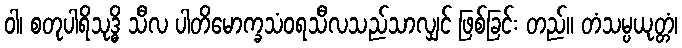
ဝါ၊ စတုပါရိသုဒ္ဓိ သီလ ပါတိမောက္ခသံဝရသီလသည်သာလျှင် ဖြစ်ခြင်း တည်။ တံသမ္ပယုတ္တံ၊